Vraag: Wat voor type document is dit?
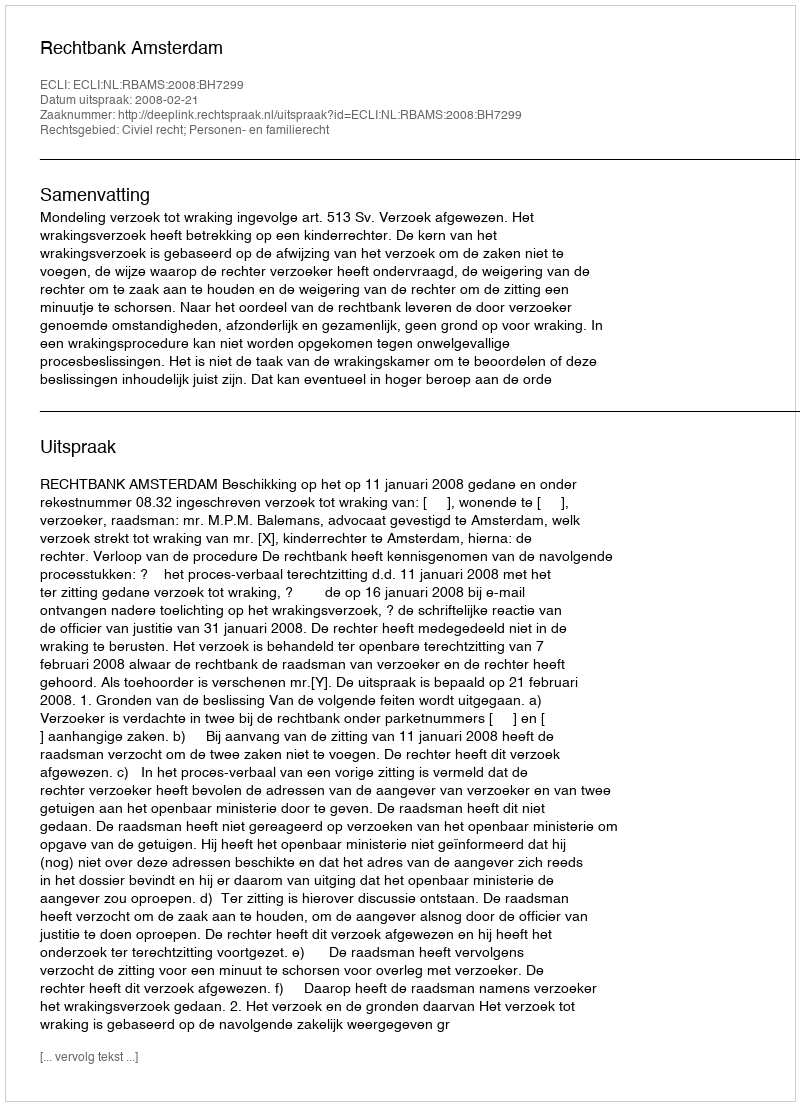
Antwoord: Uitspraak